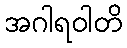
အဂါရဝါတိ